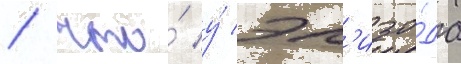
/ что́ у́ эп'изо́да